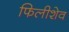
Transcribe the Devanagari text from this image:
फिलीशेव